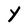
Character: Y